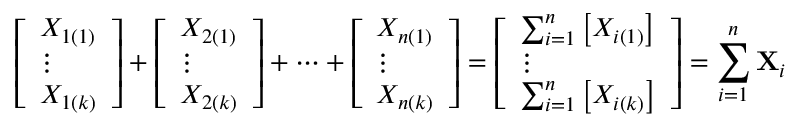
{ \left[ \begin{array} { l } { X _ { 1 ( 1 ) } } \\ { \vdots } \\ { X _ { 1 ( k ) } } \end{array} \right] } + { \left[ \begin{array} { l } { X _ { 2 ( 1 ) } } \\ { \vdots } \\ { X _ { 2 ( k ) } } \end{array} \right] } + \cdots + { \left[ \begin{array} { l } { X _ { n ( 1 ) } } \\ { \vdots } \\ { X _ { n ( k ) } } \end{array} \right] } = { \left[ \begin{array} { l } { \sum _ { i = 1 } ^ { n } \left[ X _ { i ( 1 ) } \right] } \\ { \vdots } \\ { \sum _ { i = 1 } ^ { n } \left[ X _ { i ( k ) } \right] } \end{array} \right] } = \sum _ { i = 1 } ^ { n } \mathbf { X } _ { i }